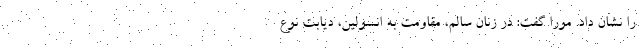
را نشان داد. مورا گفت: در زنان سالم، مقاومت به انسولین، دیابت نوع